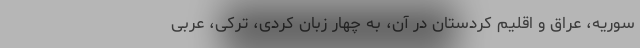
سوریه، عراق و اقلیم کردستان در آن، به چهار زبان کُردی، ترکی، عربی